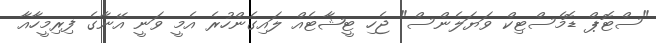
"ސްޓޮޕް ޑޮމެސްޓިކް ވަޔަލެންސް" ޖެހި ޓީޝާޓެއް ލައިގެންހުރެ އެމީ ވަނީ އޭނާގެ ފިރިމީހާއާ